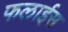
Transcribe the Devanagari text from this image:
फलाईस